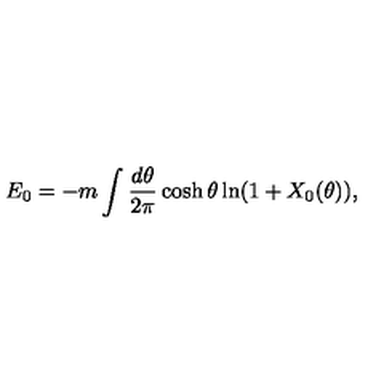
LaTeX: E _ { 0 } = - m \int { \frac { d \theta } { 2 \pi } } \cosh \theta \ln ( 1 + X _ { 0 } ( \theta ) ) ,